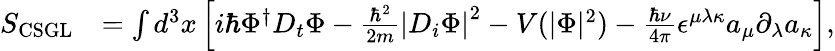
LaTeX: \begin{array}{rl}{S_{\mathrm{CSGL}}}&{=\int d^{3}x\left[i\hbar\Phi^{\dagger}D_{t}\Phi-\frac{\hbar^{2}}{2m}\left|D_{i}\Phi\right|^{2}-V(|\Phi|^{2})-\frac{\hbar\nu}{4\pi}\epsilon^{\mu\lambda\kappa}a_{\mu}\partial_{\lambda}a_{\kappa}\right],}\end{array}